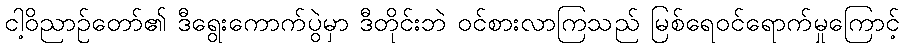
ငါ့ဝိညာဉ်တော်၏ ဒီရွေးကောက်ပွဲမှာ ဒီတိုင်းဘဲ ဝင်စားလာကြသည် မြစ်ရေဝင်ရောက်မှုကြောင့်